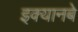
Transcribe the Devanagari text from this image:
इक्यानबे